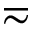
\eqsim